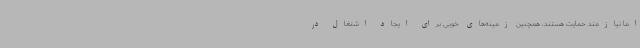
اما نیازمند حمایت هستند، همچنین زمینه‌های خوبی برای ایجاد اشتغال در